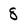
Character: 8